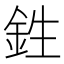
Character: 鉎